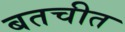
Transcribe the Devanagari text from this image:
बतचीत